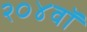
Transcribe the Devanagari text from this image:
२०४वॉ